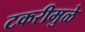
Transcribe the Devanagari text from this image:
टकरीमुळे